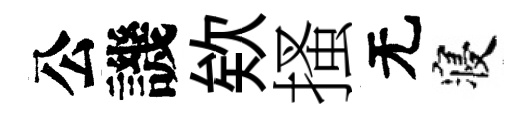
公譏欸搔无寝